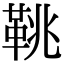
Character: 鞉